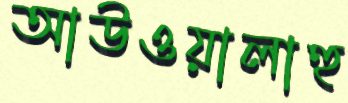
আউওয়ালাহু